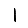
Digit: 1